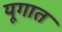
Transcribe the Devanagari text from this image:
यूगात